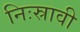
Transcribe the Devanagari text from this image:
निःस्रावी